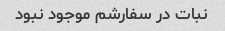
نبات در سفارشم موجود نبود